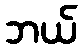
ဘယ်